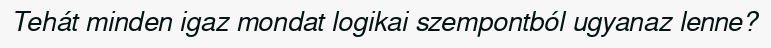
Tehát minden igaz mondat logikai szempontból ugyanaz lenne?